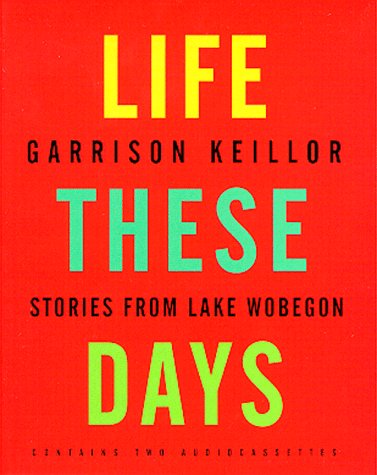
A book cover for Life These Days: Stories from Lake Wobegon; Garrison Keillor; Humor & Entertainment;